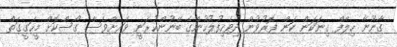
ގާނޫނާ ހިލާފް ގިނަކަން ކަން ފޮރުވުން ދިވެހިފުލުހުންގެ ބޭނުންކުރަނީ ވަރށްވެސް ގޯސްކޮށް މީހަގީގަތް